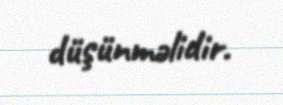
düşünməlidir.